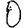
Digit: 0